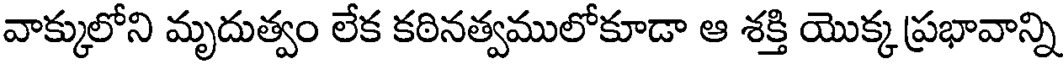
వాక్కులోని మృదుత్వం లేక కఠినత్వములోకూడా ఆ శక్తి యొక్క ప్రభావాన్ని